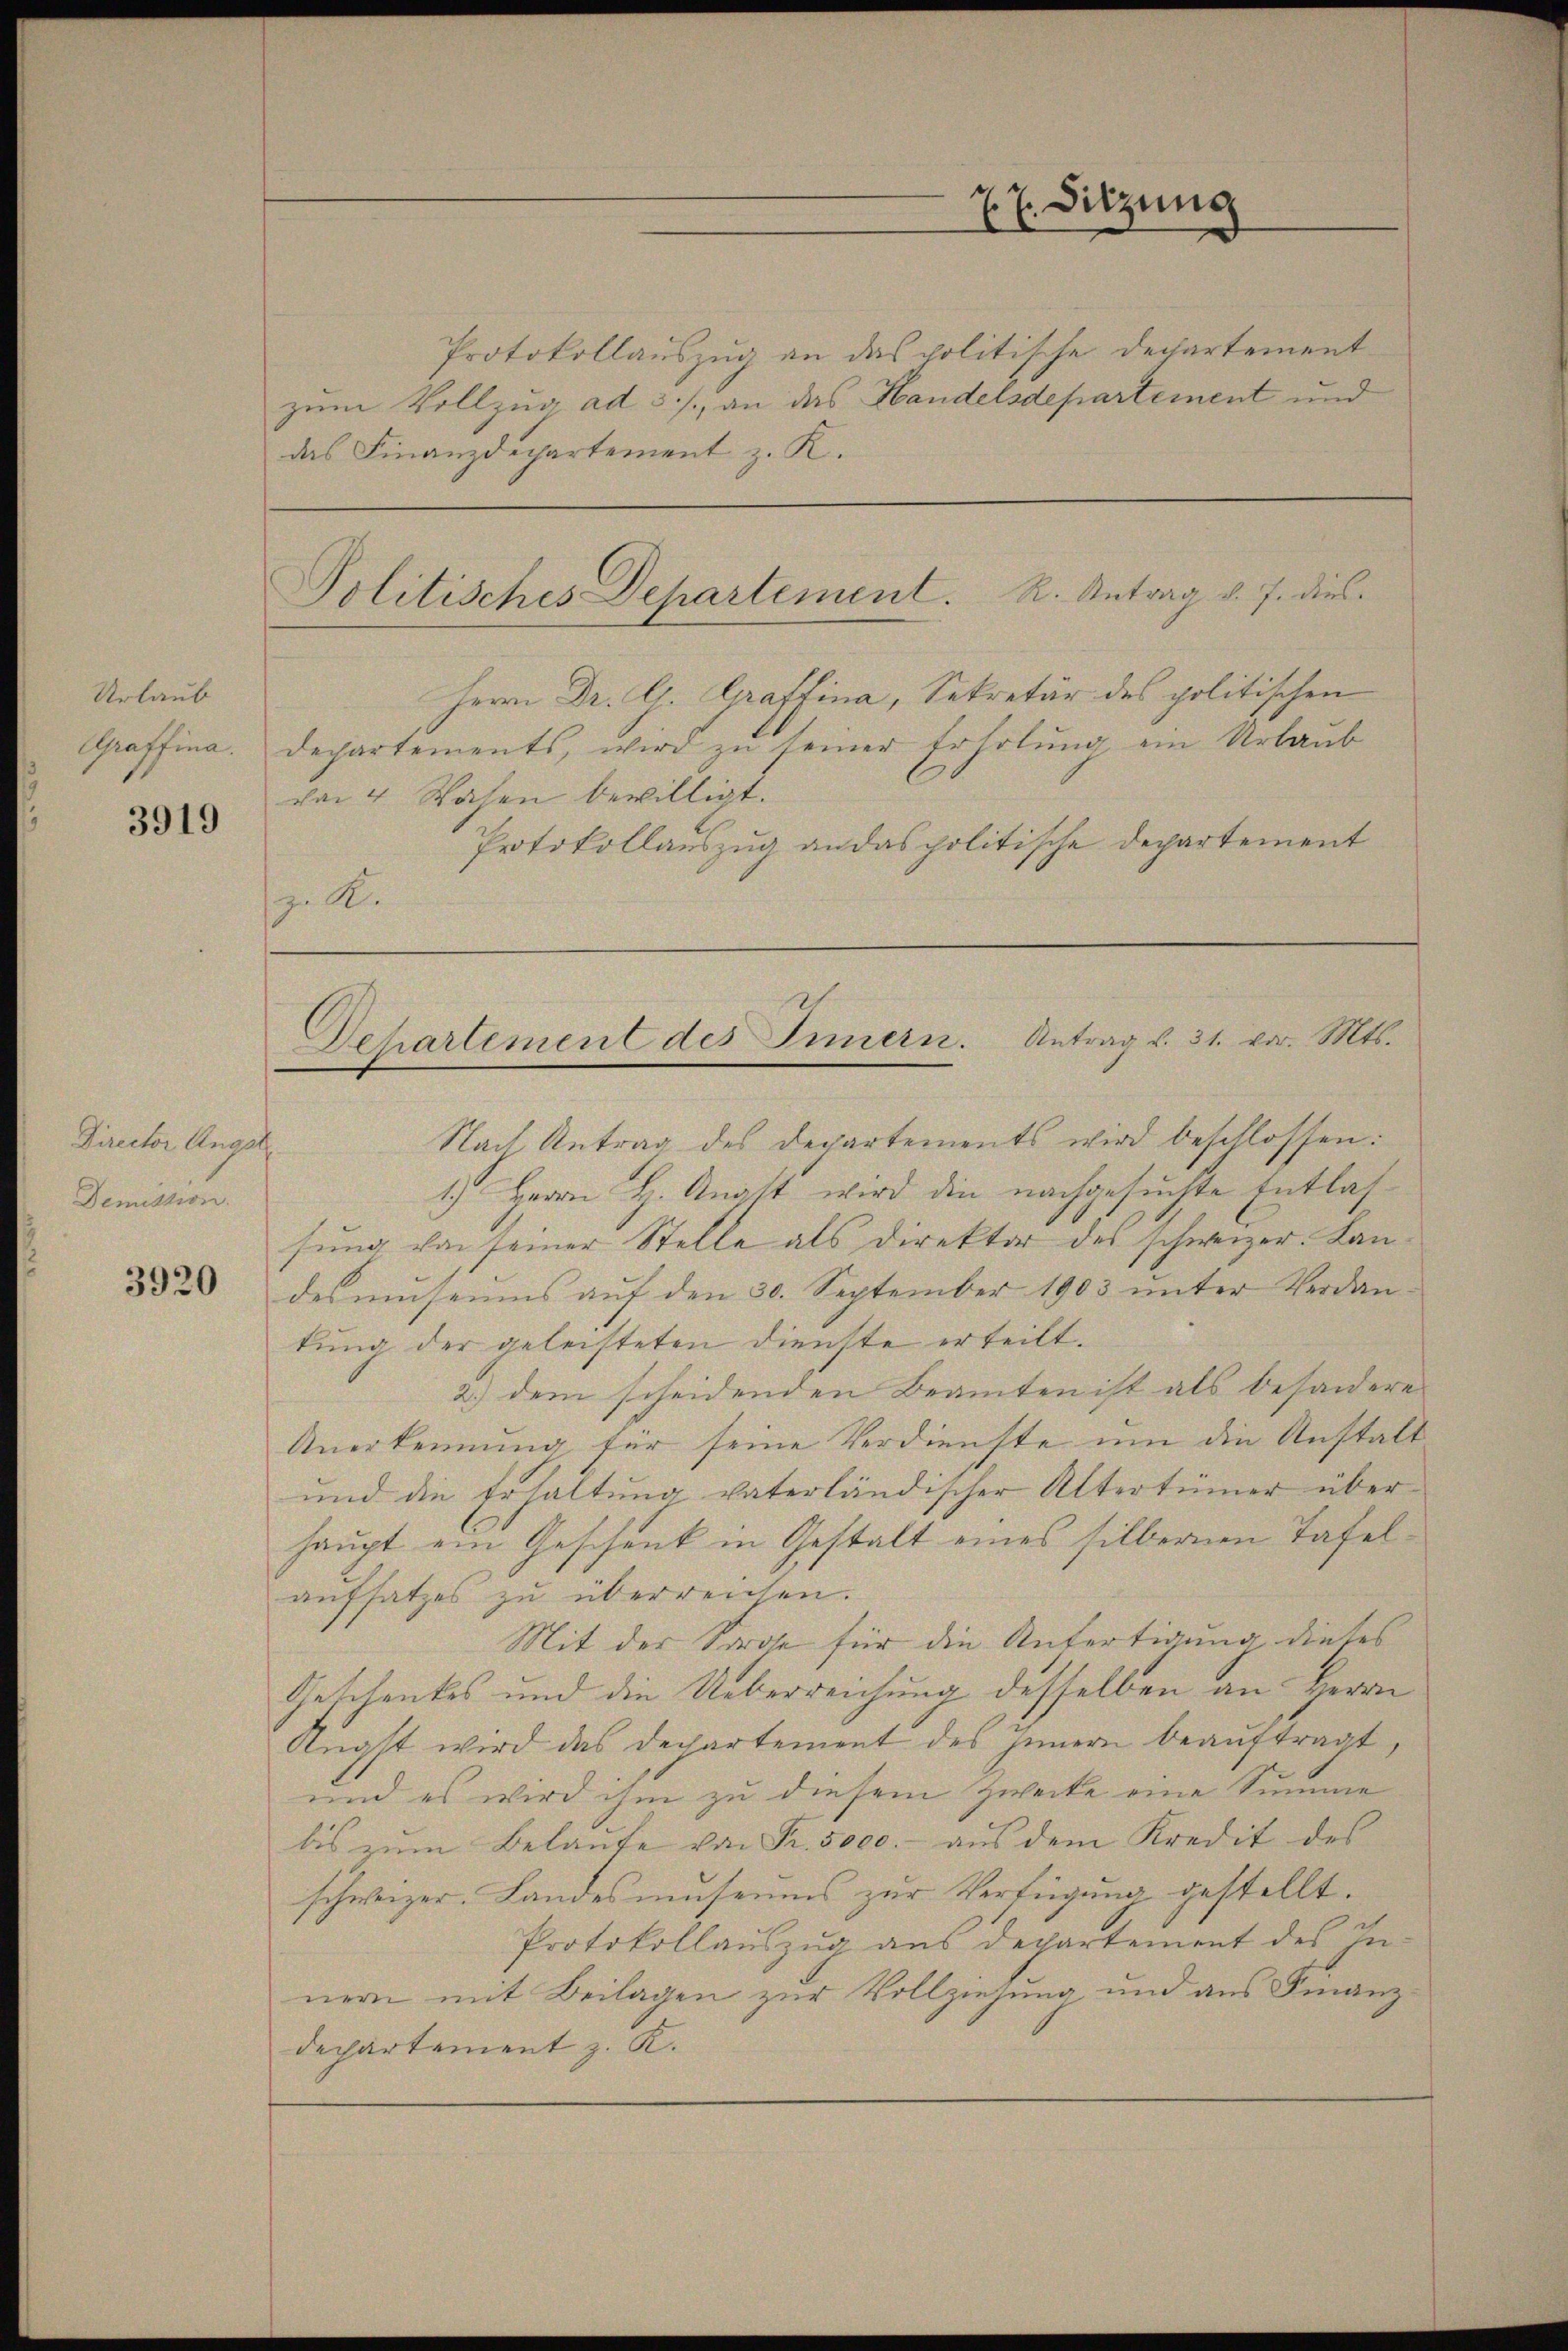
Urlaub
Graffina.

3919

Director Angel
Demission.

3920

Protokollauszug an das politische Departement
zum Vollzug ad 3./. an das Handelsdepartement und
das Finanzdepartement z. K.

Herrn Dr. G. Graffina, Sekretär des politischen
departements, wird zŭ seiner Erholŭng ein Urlaub
von 4 Wochen bewilligt.
Protokollauszug an das politische Departement
z. R.

77. Sitzung

Politisches Departement. R. Antrag d. J. dies

C
Departement des Innern. Antrag v. 31. vor. Mts.

Nach Antrag des Departements wird beschlossen:
1.) Herrn H. Anast wird die nachgesuchte Entlassung von seiner Stelle als Direktor des schweizer. Landes umseums auf den 30. September 1903 unter Verdantung der geleisteten Dienste erteilt.
2.) dem scheidenden Beamten ist als besondere
Anerkennung für seine Verdienste um die Anstalt
und die Erhaltung vaterländischer Altertümer überhaupt ein Geschenk in Gestalt eines silbernen Tafelaufsatzes zu überreichen.
Mit der Sorge für die Anfertigung dieses
Geschenkes und die Ueberreichung desselben an Herrn
Ängst wird das Departement des Innern beauftragt,
und es wird ihm zu diesem Zwecke eine Summe
bis zŭm Belaŭfe von Fr. 5000.- aŭs dem Kredit des
schweizer. Landesmuseums zur Verfügung gestellt.
Protokollauszug aus departement des Innern mit Beilagen zur Vollziehung und aus Finanz-
departement z. K.